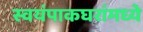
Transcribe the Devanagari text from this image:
स्वयंपाकघरांमध्ये